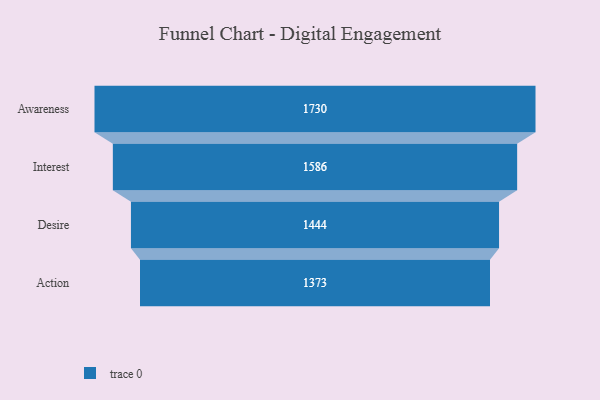
{"axis": {"x": "Stage", "y": "Value"}, "legend": [""], "data": [{"x": "Awareness", "y": 1730.0, "type": ""}, {"x": "Interest", "y": 1586.0, "type": ""}, {"x": "Desire", "y": 1444.0, "type": ""}, {"x": "Action", "y": 1373.0, "type": ""}]}